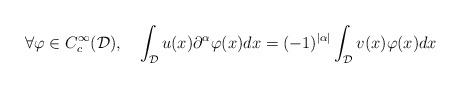
LaTeX: \begin{align*}\forall \varphi \in C_c^{\infty}(\mathcal{D}),\ \ \ \int_{\mathcal{D}}u(x)\partial^{\alpha}\varphi(x)dx = (-1)^{|\alpha|}\int_{\mathcal{D}}v(x)\varphi(x)dx\end{align*}